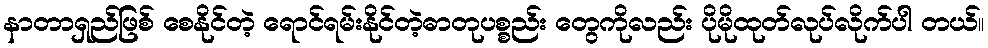
နာတာရှည်ဖြစ် စေနိုင်တဲ့ ရောင်ရမ်းနိုင်တဲ့ဓာတုပစ္စည်း တွေကိုလည်း ပိုမိုထုတ်လုပ်လိုက်ပါ တယ်။